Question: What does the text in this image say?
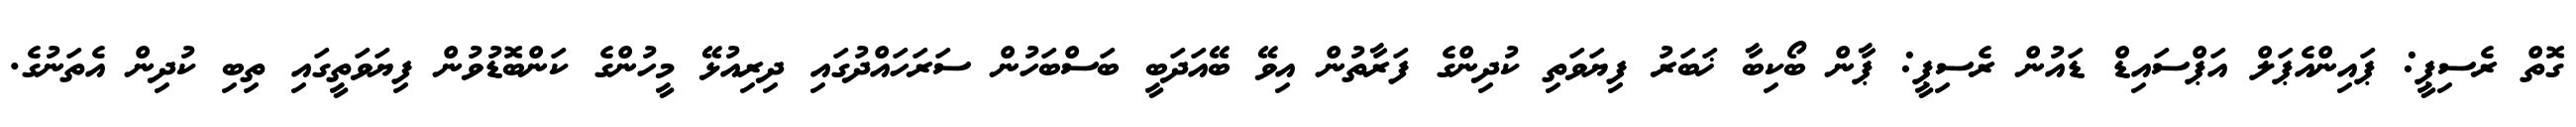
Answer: ގޮތް ރެސިޕީ: ޕައިންއެޕަލް އަޕްސައިޑް ޑައުން ރެސިޕީ: ޕާން ބޯކިބާ ޚަބަރު ފިޔަވަތި ކުދިންގެ ފަރާތުން އިވޭ ބޭއަދަބީ ބަސްބަހުން ސަރަހައްދުގައި ދިރިއުޅޭ މީހުންގެ ކަންބޮޑުވުން ފިޔަވަތީގައި ތިބި ކުދިން އެތަނުގެ.